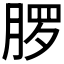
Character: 𬂂